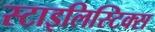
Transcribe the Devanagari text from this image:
स्टाइलिस्टिक्स